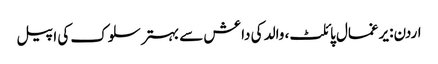
اردن: یرغمال پائلٹ، والد کی داعش سے بہتر سلوک کی اپیل